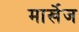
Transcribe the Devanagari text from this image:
मार्खेज